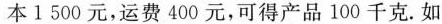
本1500元，运费400元，可得产品100千克。如